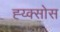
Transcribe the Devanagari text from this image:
ह्य्क्सोस